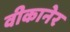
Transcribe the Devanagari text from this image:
वीकानेर